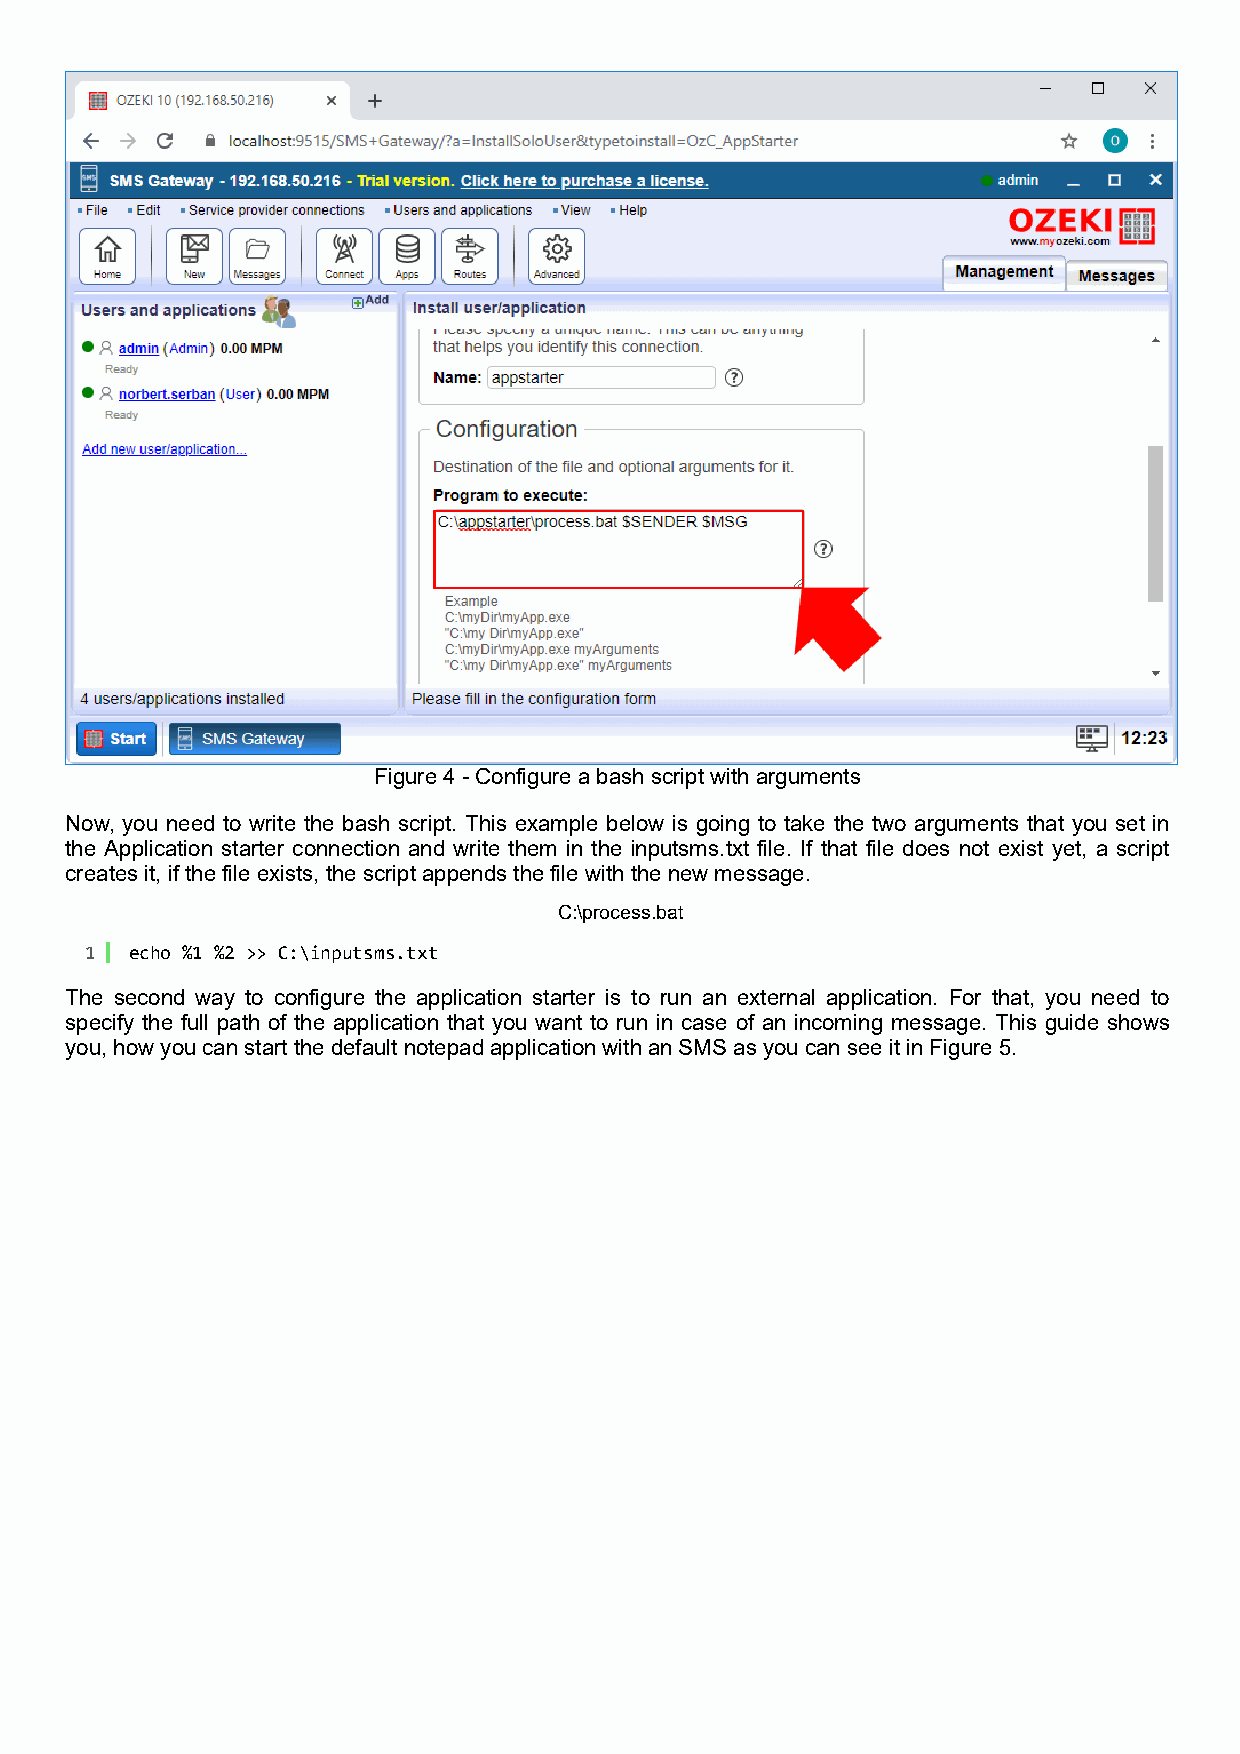
Figure 4 - Configure a bash script with arguments
 Now, you need to write the bash script. This example below is going to take the two arguments that you set in
 the Application starter connection and write them in the inputsms.txt file. If that file does not exist yet, a script
 creates it, if the file exists, the script appends the file with the new message.
 C:\process.bat
 1  echo %1 %2 >> C:\inputsms.txt
 The second way to configure the application starter is to run an external application. For that, you need to
 specify the full path of the application that you want to run in case of an incoming message. This guide shows
 you, how you can start the default notepad application with an SMS as you can see it in Figure 5.